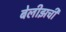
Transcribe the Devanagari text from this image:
बेलीझची